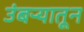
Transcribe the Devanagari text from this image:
उंबऱ्यातून